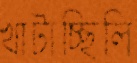
খাটাচ্ছিলি